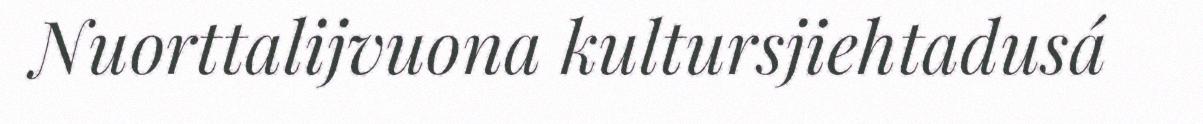
Nuorttalijvuona kultursjiehtadusá